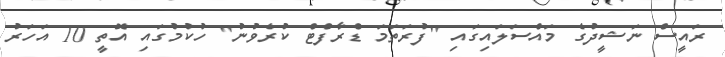
ރައީސް ނަޝީދުގެ މައްސަލައިގައި "ފުރަތަމަ ޑްރާފްޓް ކުރެވުނު" ހުކުމުގައި އޮތީ 10 އަހަރު